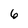
Character: 6